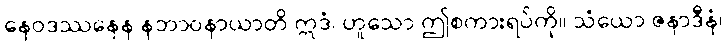
နေဝဒဿနေန နဘာဝနာယာတိ ဣဒံ၊ ဟူသော ဤစကားရပ်ကို။ သံယော ဇနာဒီနံ၊